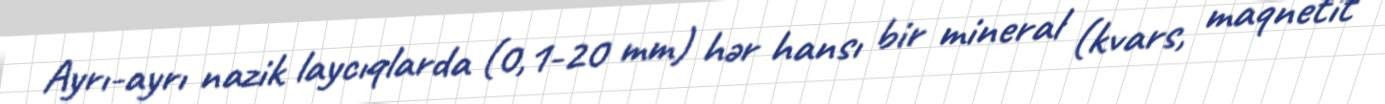
Ayrı-ayrı nazik laycıqlarda (0,1-20 mm) hər hansı bir mineral (kvars, maqnetit